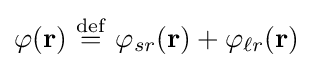
\varphi (\mathbf {r} )\ {\stackrel {\mathrm {def} }{=}}\ \varphi _{sr}(\mathbf {r} )+\varphi _{\ell r}(\mathbf {r} )